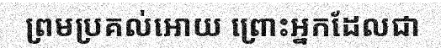
ព្រមប្រគល់អោយ ព្រោះអ្នកដែលជា